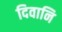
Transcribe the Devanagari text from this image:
दिवानि